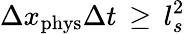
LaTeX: \Delta x_{\mathrm{phys}}\Delta t\, \geq\, l_{s}^{2}